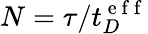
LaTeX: {N}=\tau/t_{D}^{\mathrm{~e~f~f~}}